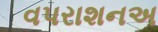
વપરાશનઅ